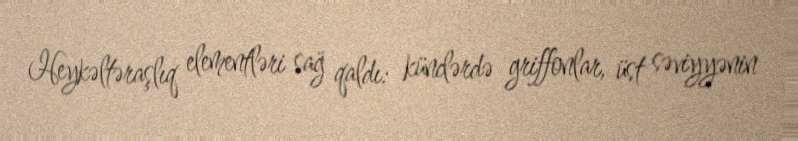
Heykəltəraşlıq elementləri sağ qaldı: künclərdə griffonlar, üst səviyyənin